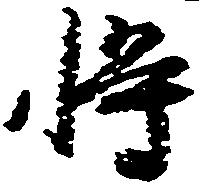
将